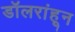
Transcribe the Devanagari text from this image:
डॉलरांहून